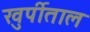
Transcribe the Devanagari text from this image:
खुर्पीताल